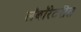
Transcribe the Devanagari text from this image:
लॅबॉरेटरीत